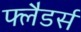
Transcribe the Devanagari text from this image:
फ्लैडर्स